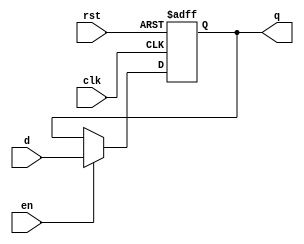
module StatusRegister (clk, rst, d, en, q);
input clk;
input rst;
input [3:0] d;
input en;
output reg [3:0] q;

	always @(negedge clk or posedge rst) begin
		if (rst)
			q <= {3{1'b0}};
		else if(en)
			q <= d;
	end

endmodule